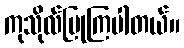
ကုသိုလ်ပြုကြပါတယ်။